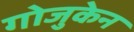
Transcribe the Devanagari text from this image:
गोजुकेन